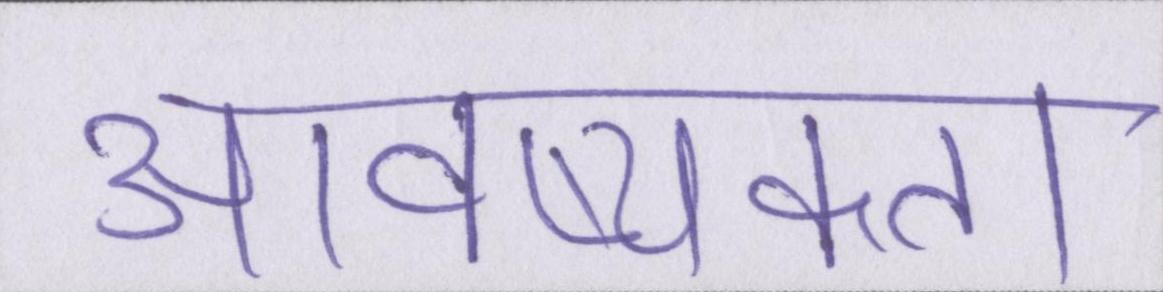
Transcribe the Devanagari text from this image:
आवष्यकता